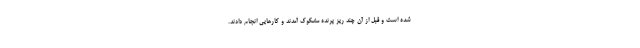
شده است و قبل از آن چند ریز پرنده مشکوک آمدند و کارهایی انجام دادند.